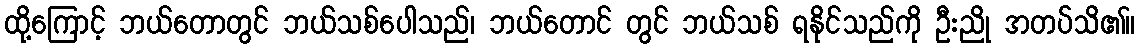
ထို့ကြောင့် ဘယ်တောတွင် ဘယ်သစ်ပေါသည်၊ ဘယ်တောင် တွင် ဘယ်သစ် ရနိုင်သည်ကို ဦးညို အတပ်သိ၏။